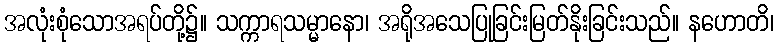
အလုံးစုံသောအရပ်တို့၌။ သက္ကာရသမ္မာနော၊ အရိုအသေပြုခြင်းမြတ်နိုးခြင်းသည်။ နဟောတိ၊